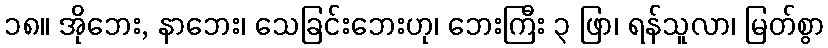
၁၈။ အိုဘေး, နာဘေး၊ သေခြင်းဘေးဟု၊ ဘေးကြီး ၃ ဖြာ၊ ရန်သူလာ၊ မြတ်စွာ